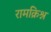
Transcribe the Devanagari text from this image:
रामक्रिश्न